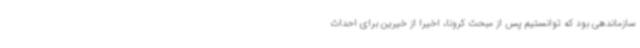
سازماندهی بود که توانستیم پس از مبحث کرونا، اخیرا از خیرین برای احداث